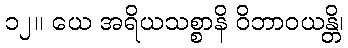
၁၂။ ယေ အရိယသစ္စာနိ ဝိဘာဝယန္တိ၊